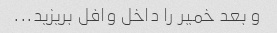
و بعد خمیر را داخل وافل بریزید...